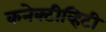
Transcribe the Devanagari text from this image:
कनेक्टीव्हिटी